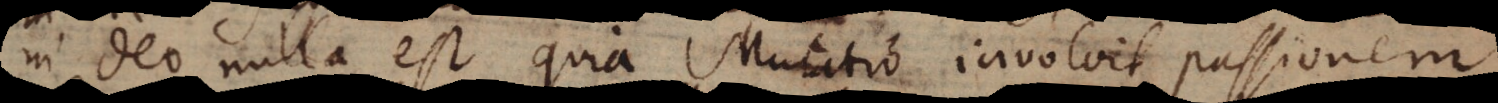
in Deo nulla est quia Mutatio involvit passionem